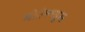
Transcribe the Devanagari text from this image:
मोतेल्च्यूस